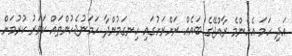
އަދި ހަމަ އެހެންމެ ރާއްޖޭގެ ބައެއް ރަށްރަށުގައި ހިނގަމުންދާ ހަމަނުޖެހުންތައް ކަވަރު ކުރުމަށް